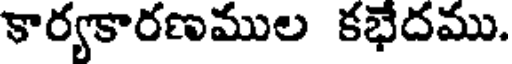
కార్యకారణముల కభేదము.